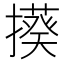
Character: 𭢦